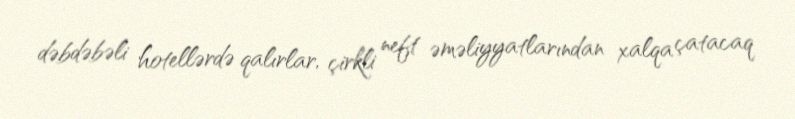
dəbdəbəli hotellərdə qalırlar, çirkli neft əməliyyatlarından xalqa çatacaq